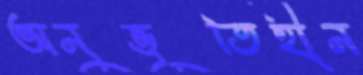
অনুভূতিহীন